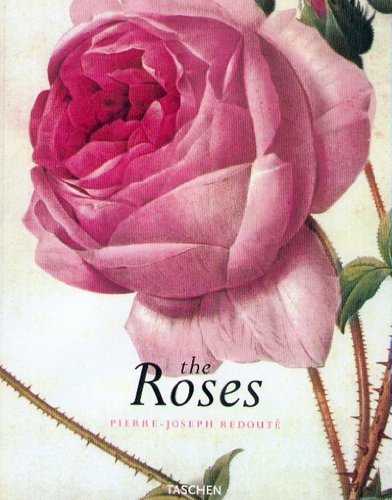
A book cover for The Roses; Pierre Joseph Redoute; Arts & Photography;